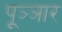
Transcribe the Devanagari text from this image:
पूञ्ञार